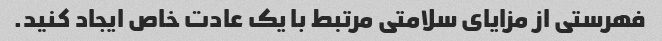
فهرستی از مزایای سلامتی مرتبط با یک عادت خاص ایجاد کنید.